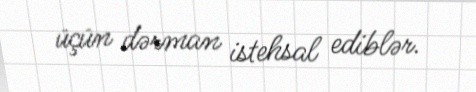
üçün dərman istehsal ediblər.